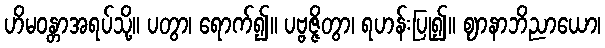
ဟိမဝန္တာအရပ်သို့။ ပတွာ၊ ရောက်၍။ ပဗ္ဗဇ္ဇိတွာ၊ ရဟန်းပြု၍။ ဈာနာဘိညာယော၊